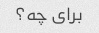
برای چه؟